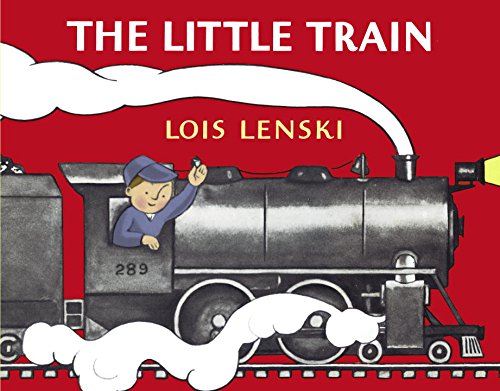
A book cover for The Little Train (Lois Lenski Books); Lois Lenski; Children's Books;